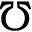
\mho